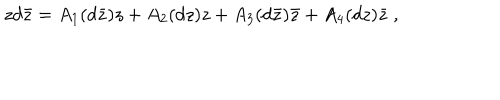
z d \bar { z } = A _ { 1 } ( d \bar { z } ) z + A _ { 2 } ( d z ) z + A _ { 3 } ( d \bar { z } ) \bar { z } + A _ { 4 } ( d z ) \bar { z } \ ,